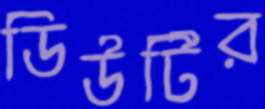
ডিউটির